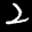
Digit: 2